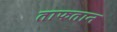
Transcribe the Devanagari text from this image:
ताफतान